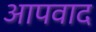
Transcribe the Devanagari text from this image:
आपवाद